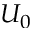
U _ { 0 }